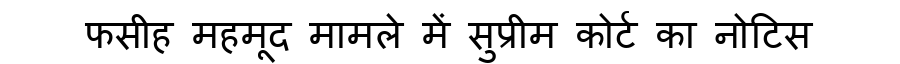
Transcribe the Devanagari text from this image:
फसीह महमूद मामले में सुप्रीम कोर्ट का नोटिस